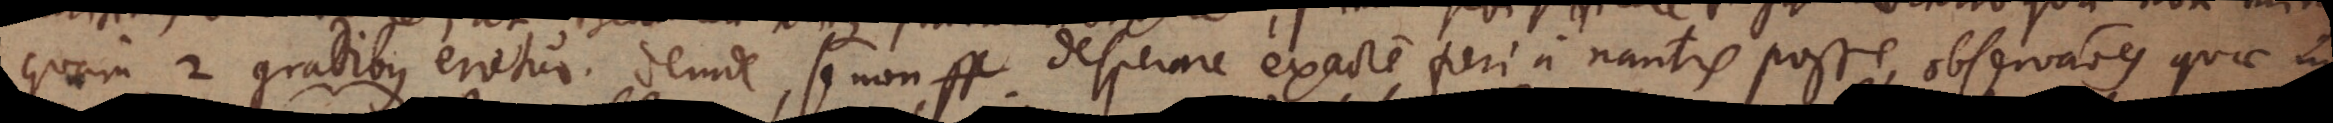
quam 2 gradibus erretur. Deinde, se non desperare exacte fieri a nautis posse, observationes quae in